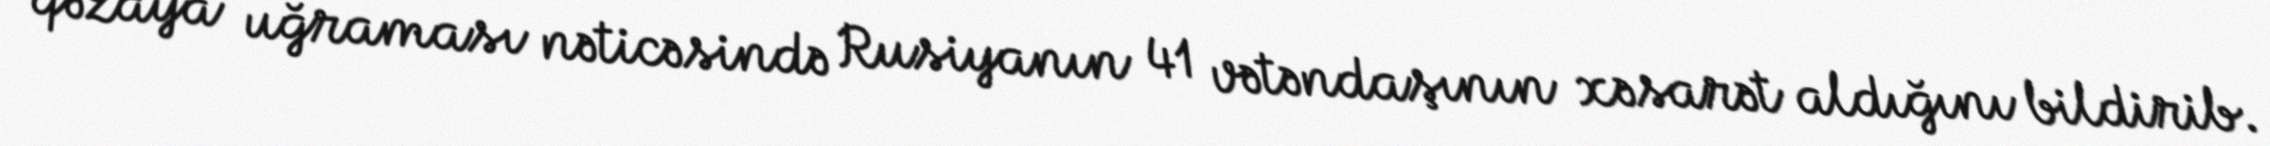
qəzaya uğraması nəticəsində Rusiyanın 41 vətəndaşının xəsarət aldığını bildirib.